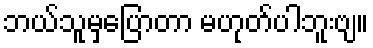
ဘယ်သူမှပြောတာ မဟုတ်ပါဘူးဗျ။